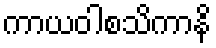
ကာယဝါစသိကာနိ